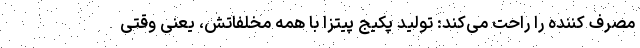
مصرف کننده را راحت می‌کند: تولید پکیج پیتزا با همه مخلفاتش، یعنی وقتی